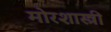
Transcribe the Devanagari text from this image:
मोरशास्त्री